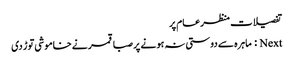
تفصیلات منظرعام پر
Next : ماہرہ سے دوستی نہ ہونے پر صبا قمر نے خاموشی توڑ دی